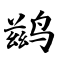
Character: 鹚